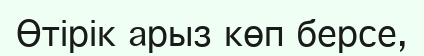
Өтірік арыз көп берсе,